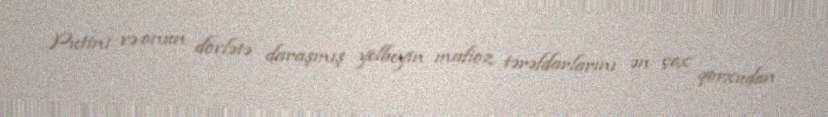
Putini və onun dövlətə daraşmış yelbeyin mafioz tərəfdarlarını ən çox qorxudan